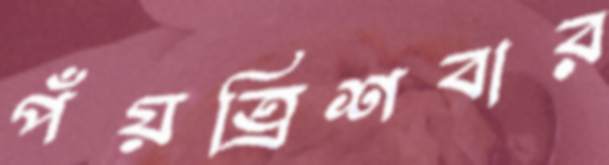
পঁয়ত্রিশবার